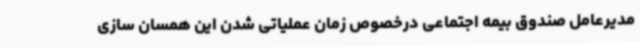
مدیرعامل صندوق بیمه اجتماعی درخصوص زمان عملیاتی شدن این همسان سازی